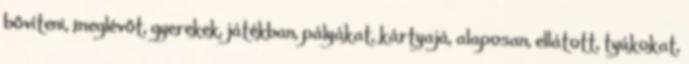
bővíteni, meglévőt, gyerekek, játékban, pályákat, kártyajá, alaposan, ellátott, tyúkokat,